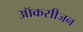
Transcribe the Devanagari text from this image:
ऑकसीजन